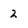
Character: 2